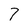
Character: 7